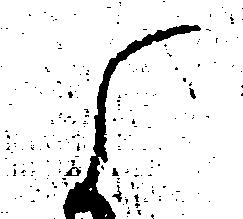
候